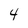
Character: 4